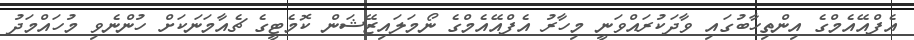
އެފްއޭއެމްގެ އިންތިހާބުގައި ވާދަކުރައްވަނީ މިހާރު އެފްއޭއެމްގެ ނޯމަލައިޒޭޝަން ކޮމެޓީގެ ޗެއާމަނަކަށް ހުންނެވި މުހައްމަދު